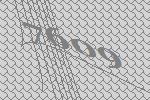
7609